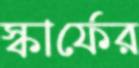
স্কার্ফের